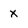
Character: x